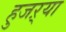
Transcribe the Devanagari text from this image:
हुजऱ्या